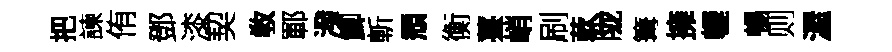
把諫侑鄧漆契敎鄆潑鯽斬頽衡薹峭刷蔌陇篝擁轣暢则渥